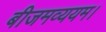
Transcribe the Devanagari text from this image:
बीजमव्ययम।